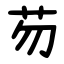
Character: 芴